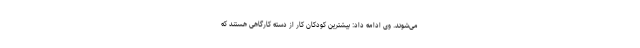
می‌شوند. وی ادامه داد: بیشترین کودکان کار از دسته کارگاهی هستند که